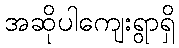
အဆိုပါကျေးရွာရှိ